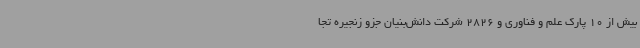
بیش از 10 پارک علم و فناوری و 2826 شرکت دانش‌بنیان جزو زنجیره تجا